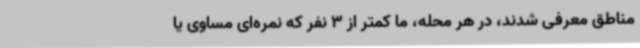
مناطق معرفی شدند، در هر محله، ما کمتر از 3 نفر که نمره‌ای مساوی یا